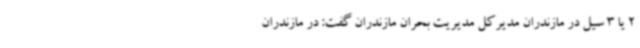
2 یا 3 سیل در مازندران مدیرکل مدیریت بحران مازندران گفت: در مازندران